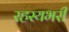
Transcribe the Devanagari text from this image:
रहस्यभरी